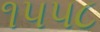
૧૫૫૮